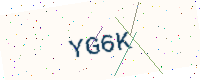
Text: YG6K